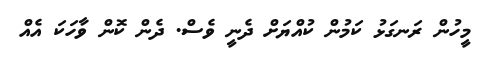
މީހުން ރަނގަޅު ކަމުން ކުއްޔަށް ދެނީ ވެސް. ދެން ކޮން ވާހަކަ އެއް